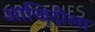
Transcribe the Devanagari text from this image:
आखिदीला